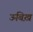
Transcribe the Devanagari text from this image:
ऊबिख़